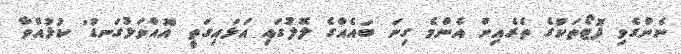
ނެންގެވި ފޮޓޯތަކުގެ ތެރެއިން އެންމެ ގިނަ ބައެއްގެ ލޮލުގައި އަޅައިގަތީ 'އޮއްވަޅުގަނޑު' ކުޅުއްވާ